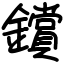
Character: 鑜